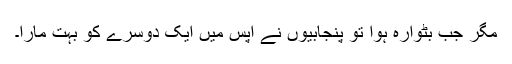
مگر جب بٹوارہ ہوا تو پنجابیوں نے آپس میں ایک دوسرے کو بہت مارا۔